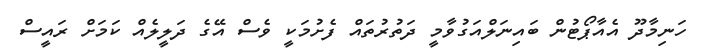
ހަނިމާދޫ އެއާޕޯޓުން ބައިނަލްއަގުވާމީ ދަތުރުތައް ފެށުމަކީ ވެސް އޭގެ ދަލީލެއް ކަމަށް ރައީސް